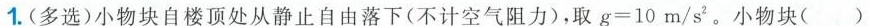
1.(多选)小物块自楼顶处从静止自由落下(不计空气阻力)，取g=10m/s^{2} 。小物块(